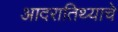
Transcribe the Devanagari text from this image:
आदरातिथ्याचे